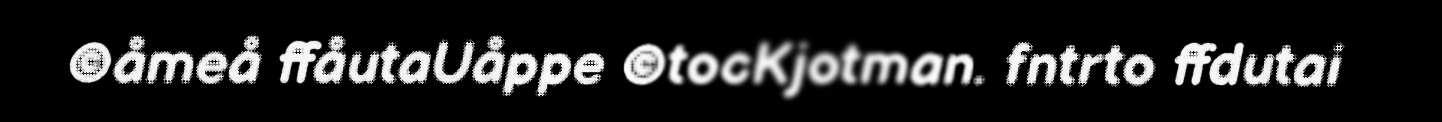
©åmeå ffåutaUåppe ©tocKjotman. fntrto ffdutai